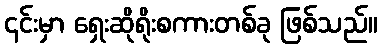
၎င်းမှာ ရှေးဆိုရိုးစကားတစ်ခု ဖြစ်သည်။